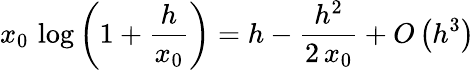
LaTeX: x_{0}\, \log\left(1+{\frac{h}{x_{0}}}\right)=h-{\frac{h^{2}}{2\, x_{0}}}+O\left(h^{3}\right)